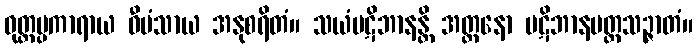
ဝုတ္တပ္ပကာရာယ ဝီမံသာယ အနုစရိတံ။ သယံပဋိဘာနန္တိ အတ္တနော ပဋိဘာနမတ္တသဉ္ဇာတံ။